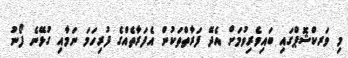
މި ވަރކްޝޮޕްގައި ބައިވެރިވުމަށް އެދޭ ފަރާތްތަކުން އެފަރާތެއްގެ ފުރިހަމަ ނަމާއި ގުޅޭނެ ފޯނު